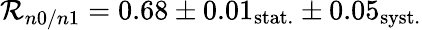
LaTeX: \mathcal{R}_{n0/n1}=0.68\pm0.01_{\mathrm{{stat.}}}\pm0.05_{\mathrm{{syst.}}}